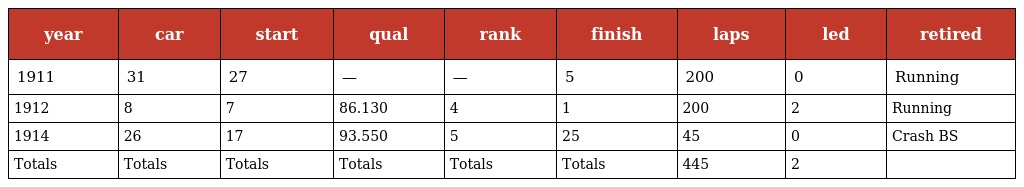
| year | car | start | qual | rank | finish | laps | led | retired |
 | --- | --- | --- | --- | --- | --- | --- | --- | --- |
 | 1911 | 31 | 27 | — | — | 5 | 200 | 0 | Running |
 | 1912 | 8 | 7 | 86.130 | 4 | 1 | 200 | 2 | Running |
 | 1914 | 26 | 17 | 93.550 | 5 | 25 | 45 | 0 | Crash BS |
 | Totals | Totals | Totals | Totals | Totals | Totals | 445 | 2 |  |